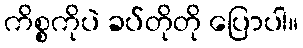
ကိစ္စကိုပဲ ခပ်တိုတို ပြောပါ။